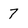
Character: 7